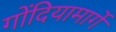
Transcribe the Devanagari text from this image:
गोंदियामार्गे